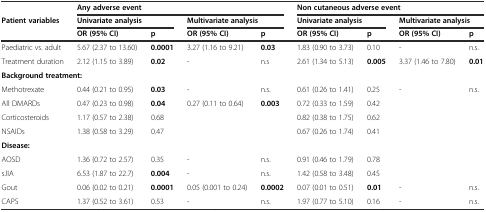
|  | <COLSPAN=4> Any adverse event | <COLSPAN=4> Non cutaneous adverse event |
 | Patient variables | <COLSPAN=2> Univariate analysis | <COLSPAN=2> Multivariate analysis | <COLSPAN=2> Univariate analysis | <COLSPAN=2> Multivariate analysis |
 |  | OR (95% CI) | p | OR (95% CI) | p | OR (95% CI) | p | OR (95% CI) | p |
 | --- | --- | --- | --- | --- | --- | --- | --- | --- |
 | Paediatric vs. adult | 5.67 (2.37 to 13.60) | 0.0001 | 3.27 (1.16 to 9.21) | 0.03 | 1.83 (0.90 to 3.73) | 0.10 | - | n.s. |
 | Treatment duration | 2.12 (1.15 to 3.89) | 0.02 | - | n.s | 2.61 (1.34 to 5.13) | 0.005 | 3.37 (1.46 to 7.80) | 0.01 |
 | <COLSPAN=9> Background treatment: |
 | Methotrexate | 0.44 (0.21 to 0.95) | 0.03 | - | n.s. | 0.61 (0.26 to 1.41) | 0.25 | - | n.s. |
 | All DMARDs | 0.47 (0.23 to 0.98) | 0.04 | 0.27 (0.11 to 0.64) | 0.003 | 0.72 (0.33 to 1.59) | 0.42 |  |  |
 | Corticosteroids | 1.17 (0.57 to 2.38) | 0.68 |  |  | 0.82 (0.38 to 1.75) | 0.62 |  |  |
 | NSAIDs | 1.38 (0.58 to 3.29) | 0.47 |  |  | 0.67 (0.26 to 1.74) | 0.41 |  |  |
 | <COLSPAN=9> Disease: |
 | AOSD | 1.36 (0.72 to 2.57) | 0.35 | - | n.s. | 0.91 (0.46 to 1.79) | 0.78 |  |  |
 | sJIA | 6.53 (1.87 to 22.7) | 0.004 | - | n.s. | 1.42 (0.58 to 3.48) | 0.45 |  |  |
 | Gout | 0.06 (0.02 to 0.21) | 0.0001 | 0.05 (0.001 to 0.24) | 0.0002 | 0.07 (0.01 to 0.51) | 0.01 | - | n.s. |
 | CAPS | 1.37 (0.52 to 3.61) | 0.53 | - | n.s. | 1.97 (0.77 to 5.10) | 0.16 | - | n.s. |